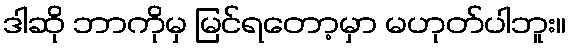
ဒါဆို ဘာကိုမှ မြင်ရတော့မှာ မဟုတ်ပါဘူး။